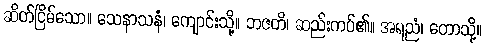
ဆိတ်ငြိမ်သော။ သေနာသနံ၊ ကျောင်းသို့။ ဘဇတိ၊ ဆည်းကပ်၏။ အရညံ၊ တောသို့။